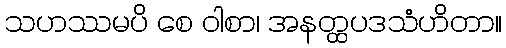
သဟဿမပိ စေ ဝါစာ၊ အနတ္ထပဒသံဟိတာ။